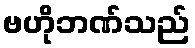
ဗဟိုဘဏ်သည်